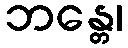
ဘန္တေ၊